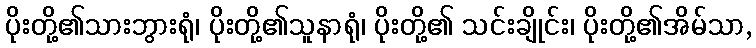
ပိုးတို့၏သားဘွားရုံ၊ ပိုးတို့၏သူနာရုံ၊ ပိုးတို့၏ သင်းချိုင်း၊ ပိုးတို့၏အိမ်သာ,